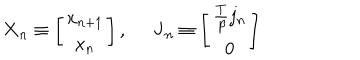
LaTeX: \mathbf { X } _ { n } \equiv \left[ \begin{array} { c } { { x _ { n + 1 } } } \\ { { x _ { n } } } \\ \end{array} \right] , \; \; \mathbf { J } _ { n } \equiv \left[ \begin{array} { c } { { \frac T \beta j _ { n } } } \\ { { 0 } } \\ \end{array} \right]